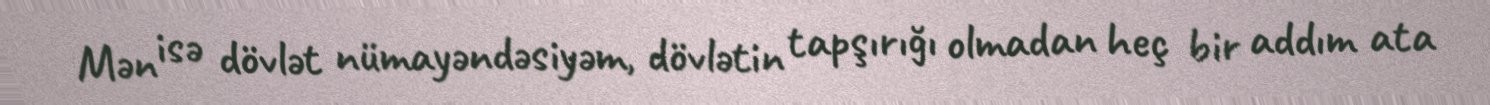
Mən isə dövlət nümayəndəsiyəm, dövlətin tapşırığı olmadan heç bir addım ata